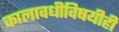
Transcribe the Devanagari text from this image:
कालावधीविषयीही